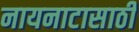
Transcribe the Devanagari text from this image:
नायनाटासाठी